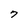
Character: 7